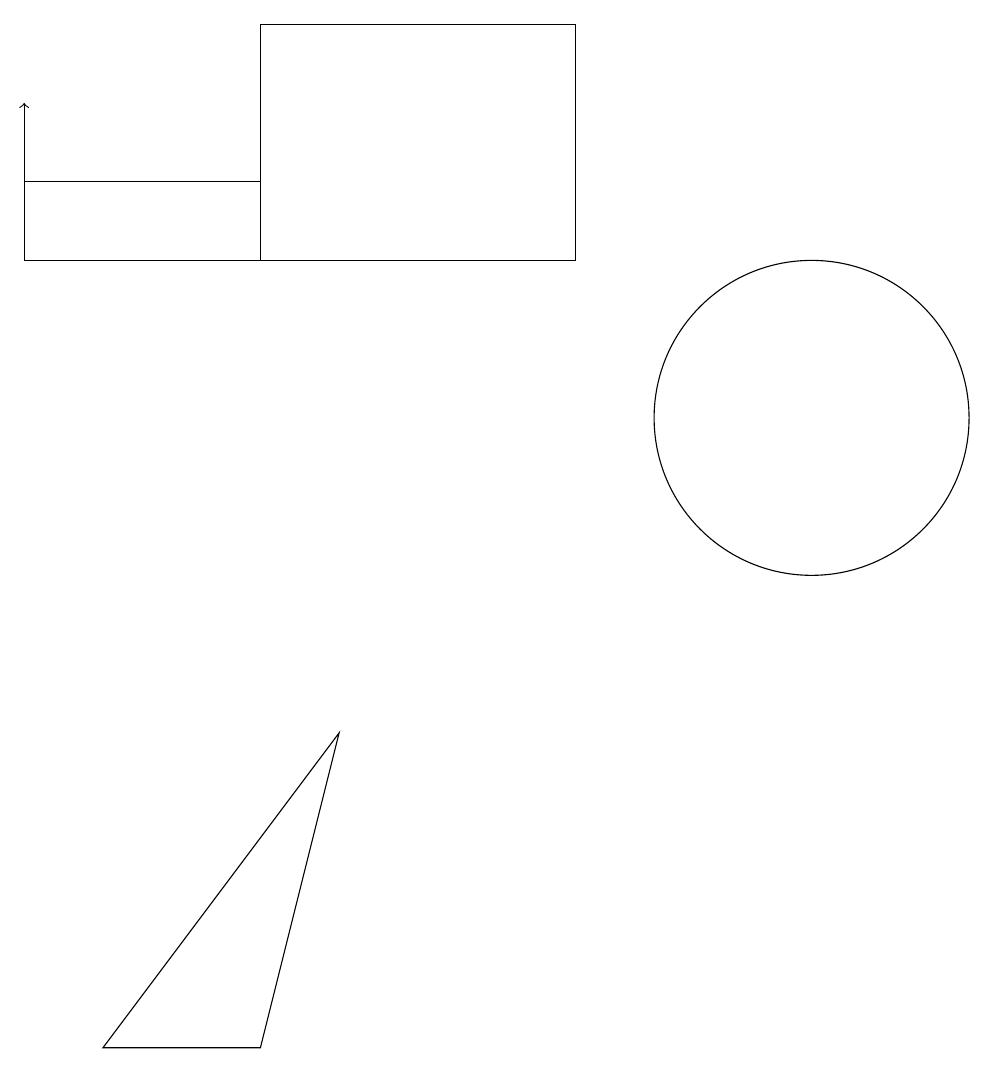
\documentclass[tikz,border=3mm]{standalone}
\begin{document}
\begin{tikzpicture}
\draw (8,13) rectangle (4,16);
\draw (2,3) -- (5,7) -- (4,3) -- cycle;
\draw (2,11) rectangle (2,11);
\draw (11,11) circle (2);
\draw (1,14) rectangle (4,13);
\draw[->] (1,14) -- (1,15);
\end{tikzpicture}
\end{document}